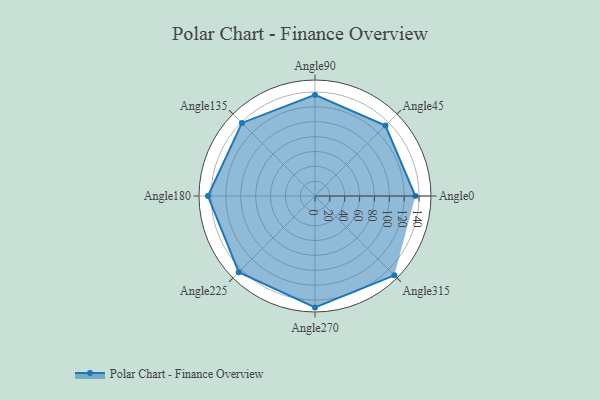
{"axis": {"x": "Angle", "y": "Radius"}, "legend": [""], "data": [{"x": "Angle0", "y": 135.0, "type": ""}, {"x": "Angle45", "y": 134.0, "type": ""}, {"x": "Angle90", "y": 136.0, "type": ""}, {"x": "Angle135", "y": 139.0, "type": ""}, {"x": "Angle180", "y": 144.0, "type": ""}, {"x": "Angle225", "y": 145.0, "type": ""}, {"x": "Angle270", "y": 150.0, "type": ""}, {"x": "Angle315", "y": 151.0, "type": ""}]}